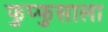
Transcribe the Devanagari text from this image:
फुप्फुसाला